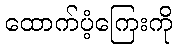
ထောက်ပံ့ကြေးကို